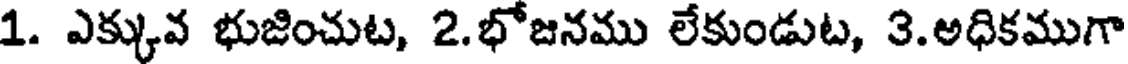
1. ఎక్కువ భుజించుట, 2.భోజనము లేకుండుట, 3.అధికముగా